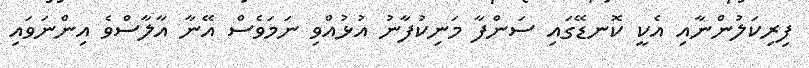
ފިރިކަލުންނާއި އެކީ ކޮނޑޭގައި ސަންފާ މަނިކުފާނު އުޅުއްވި ނަމަވެސް އޭނާ އާލާސްވެ އިންނަވައި